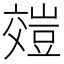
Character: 𧯺